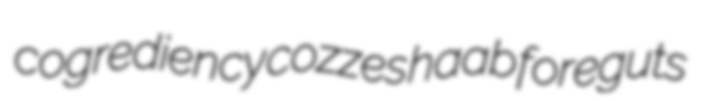
cogrediency cozzes haab foreguts